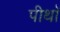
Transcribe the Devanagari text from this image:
पीथॉ